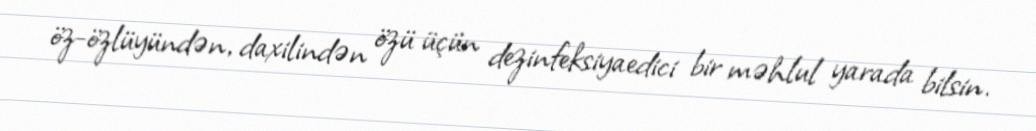
öz-özlüyündən, daxilindən özü üçün dezinfeksiyaedici bir məhlul yarada bilsin.